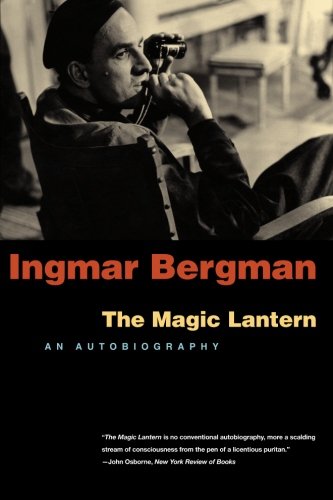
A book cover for The Magic Lantern: An Autobiography; Ingmar Bergman; Biographies & Memoirs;